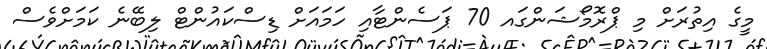
މީގެ އިތުރަށް މި ޕްރޮމޯޝަންގައ 70 ޕަސެންޓާއި ހަމައަށް ޑިސްކައުންޓް ލިބޭނެ ކަމަށްވެސް